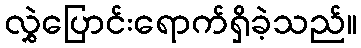
လွှဲပြောင်းရောက်ရှိခဲ့သည်။